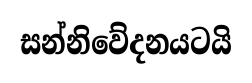
සන්නිවේදනයටයි